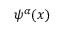
\psi ^ { \alpha } ( x )